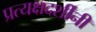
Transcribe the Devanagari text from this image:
प्रत्यक्षदर्शींनी